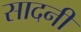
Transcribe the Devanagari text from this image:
सादनी